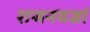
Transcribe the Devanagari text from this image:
राजनयज्ञां